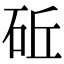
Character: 䂡